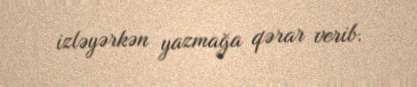
izləyərkən yazmağa qərar verib.